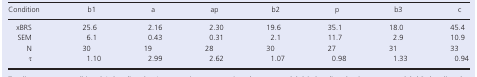
| Condition | b1 | a | ap | b2 | p | b3 | c |
 | --- | --- | --- | --- | --- | --- | --- | --- |
 | xBRS | 25.6 | 2.16 | 2.30 | 19.6 | 35.1 | 18.0 | 45.4 |
 | SEM | 6.1 | 0.43 | 0.31 | 2.1 | 11.7 | 2.9 | 10.9 |
 | N | 30 | 19 | 28 | 30 | 27 | 31 | 33 |
 | τ | 1.10 | 2.99 | 2.62 | 1.07 | 0.98 | 1.33 | 0.94 |